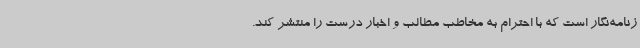
زنامه‌نگار است که با احترام به مخاطب مطالب و اخبار درست را منتشر کند.